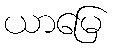
ယာမြေ